Burma Government Medical School reports 1907-22
Year: 1907
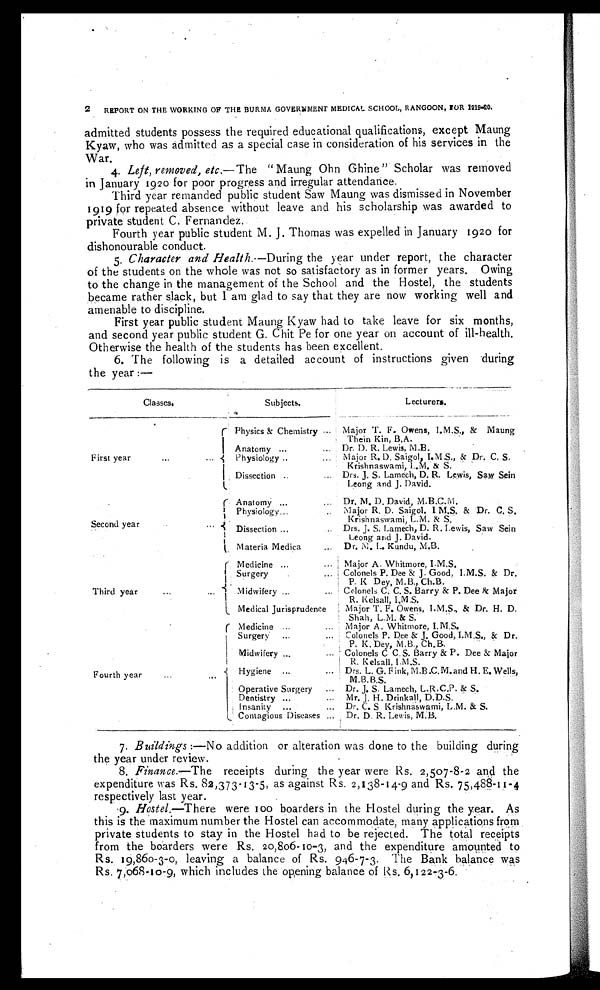
2
REPORT ON THE WORKING OF THE BURMA GOVERNMENT MEDICAL SCHOOL, RANGOON, FOR 1919-20.
admitted students possess the required educational qualifications, except Maung
Kyaw, who was admitted as a special case in consideration of his services in the
War.
4.
Left, removed, etc.—The "Maung Ohn Ghine" Scholar was removed
in J anuary 1920 for poor progress and irregular attendance.
Third year remanded public student Saw Maung was dismissed in November
1919 for repeated absence without leave and his scholarship was awarded to
private student C. Fernandez.
Fourth year public student M. J. Thomas was expelled in January 1920 for
dishonourable conduct.
5.
Character and Health.— During the year under report, the character
of the students on the whole was not so satisfactory as in former years. Owing
to the change in the management of the School and the Hostel, the students
became rather slack, but I am glad to say that they are now working well and
amenable to discipline.
First year public student Maung Kyaw had to take leave for six months,
and second year public student G. Chit Pe for one year on account of ill-health.
Otherwise the health of the students has been excellent.
6. The following is a detailed account of instructions given during
the year:—
Classes.
Subjects.
Lecturers.
First year . . .
Physics & Chemistry . . . Major T. F. Owens, I.M.S., & Maung
Thein Kin, B.A.
Anatomy . . .
Dr. D. R. Lewis, M.B.
Physiology . . .
Major R. D. Saigol, I.M.S., & Dr. C. S.
Krishnaswami, I. M. & S.
Dissection . . .
Drs. J. S. Lamech, D. R. Lewis, Saw Sein
Leong and J. David.
Second year . . .
Anatomy . . .
Dr. M. D. David, M.B.C.M.
Physiology . . .
Major R. D. Saigol. I M.S. & Dr. C. S.
Krishnaswami, L.M. & S.
Dissection . . .
Drs. J. S. Lamech, D. R. Lewis, Saw Sein
Leong and J. David.
Materia Medica . . .
Dr. M. L. Kundu, M.B.
Third year . . .
Medicine . . .
Major A. Whitmore, I.M.S.
Surgery . . .
Colonels P. Dee & J. Good, I.M.S. & Dr.
P. K Dey, M.B., Ch.B.
Midwifery . . .
Colonels C. C. S. Barry & P. Dee & Major
R. Kelsall, I.M.S.
Medical Jurisprudence
Major T. F. Owens, I.M.S., & Dr. H. D.
Shah, L.M. & S.
Fourth year
. . .
Medicine . . .
Major A. Whitmore, I.M.S.
Surgery . . .
Colonels P. Dee & J. Good, I.M.S., & Dr.
P. K. Dey, M.B., Ch.B.
Midwifery . . .
Colonels C C. S. Barry & P. Dee & Major
R. Kelsall, I.M.S.
Hygiene . . .
Drs. L. G. Fink, M.B .C. M. and H. E. Wells,
M.B.B.S.
Operative Surgery . . .
Dr . J. S. Lamech, L.R.C.P. & S.
Dentistry . . .
Mr. J. H. Drinkall, D.D.S.
Insanity . . . Dr. C. S Krishnaswami, L.M. & S.
Contagious Diseases . . . Dr. D. R. Lewis, M.B.
7. Buildings:—No addition or alteration was done to the building during
the year under review.
8. Finance.—The receipts during the year were Rs. 2,507-8-2 and the
expenditure was Rs. 82,373-13-5, as against Rs. 2,138-14-9 and Rs. 75,488-11-4
respectively last year.
9. Hostel.—There were 100 boarders in the Hostel during the year. As
this is the maximum number the Hostel can accommodate, many applications from
private students to stay in the Hostel had to be rejected. The total receipts
from the boarders were Rs. 20,806-10-3, and the expenditure amounted to
Rs. 19,860-3-0, leaving a balance of Rs. 946-7-3. The Bank balance was
Rs. 7,068-10-9, which includes the opening balance of Rs. 6,122-3-6.